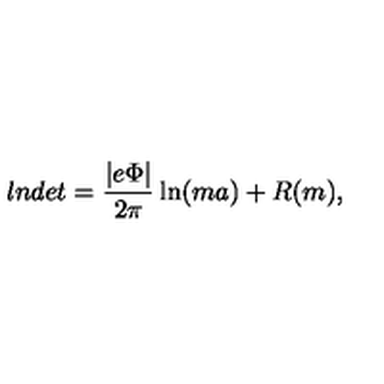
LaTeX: l n d e t = \frac { | e \Phi | } { 2 \pi } \ln ( m a ) + R ( m ) ,